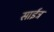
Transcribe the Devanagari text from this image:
साईत्र